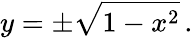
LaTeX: y=\pm{\sqrt{1-x^{2}}}\, .